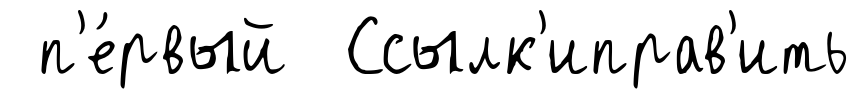
п'е́рвый Ссылк'иправ'ить